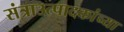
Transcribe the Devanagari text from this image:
संत्राउत्पादकांच्या